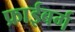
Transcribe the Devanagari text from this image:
फ्राईबर्ग